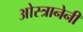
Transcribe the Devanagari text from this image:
ओस्त्रानेनी